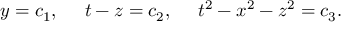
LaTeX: y = c _ { 1 } , ~ ~ ~ ~ t - z = c _ { 2 } , ~ ~ ~ ~ t ^ { 2 } - x ^ { 2 } - z ^ { 2 } = c _ { 3 } .